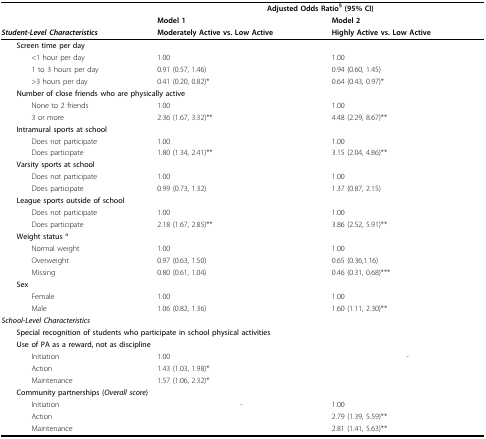
<table><thead><tr><td></td><td colspan="2"><b>Adjusted Odds Ratio<sup>§ </sup>(95% CI)</b></td></tr><tr><td></td><td><b>Model 1</b></td><td><b>Model 2</b></td></tr><tr><td><b><i>Student-Level Characteristics</i></b></td><td><b>Moderately Active vs. Low Active</b></td><td><b>Highly Active vs. Low Active</b></td></tr></thead><tbody><tr><td colspan="3"> <b>Screen time per day</b></td></tr><tr><td>&lt;1 hour per day</td><td>1.00</td><td>1.00</td></tr><tr><td>1 to 3 hours per day</td><td>0.91 (0.57, 1.46)</td><td>0.94 (0.60, 1.45)</td></tr><tr><td>&gt;3 hours per day</td><td>0.41 (0.20, 0.82)*</td><td>0.64 (0.43, 0.97)*</td></tr><tr><td colspan="3"> <b>Number of close friends who are physically active</b></td></tr><tr><td>None to 2 friends</td><td>1.00</td><td>1.00</td></tr><tr><td>3 or more</td><td>2.36 (1.67, 3.32)**</td><td>4.48 (2.29, 8.67)**</td></tr><tr><td colspan="3"> <b>Intramural sports at school</b></td></tr><tr><td>Does not participate</td><td>1.00</td><td>1.00</td></tr><tr><td>Does participate</td><td>1.80 (1.34, 2.41)**</td><td>3.15 (2.04, 4.86)**</td></tr><tr><td colspan="3"> <b>Varsity sports at school</b></td></tr><tr><td>Does not participate</td><td>1.00</td><td>1.00</td></tr><tr><td>Does participate</td><td>0.99 (0.73, 1.32)</td><td>1.37 (0.87, 2.15)</td></tr><tr><td colspan="3"> <b>League sports outside of school</b></td></tr><tr><td>Does not participate</td><td>1.00</td><td>1.00</td></tr><tr><td>Does participate</td><td>2.18 (1.67, 2.85)**</td><td>3.86 (2.52, 5.91)**</td></tr><tr><td colspan="3"> <b>Weight status <sup>a</sup></b></td></tr><tr><td>Normal weight</td><td>1.00</td><td>1.00</td></tr><tr><td>Overweight</td><td>0.97 (0.63, 1.50)</td><td>0.65 (0.36,1.16)</td></tr><tr><td>Missing</td><td>0.80 (0.61, 1.04)</td><td>0.46 (0.31, 0.68)***</td></tr><tr><td colspan="3"> <b>Sex</b></td></tr><tr><td>Female</td><td>1.00</td><td>1.00</td></tr><tr><td>Male</td><td>1.06 (0.82, 1.36)</td><td>1.60 (1.11, 2.30)**</td></tr><tr><td><b><i>School-Level Characteristics</i></b></td><td></td><td></td></tr><tr><td colspan="3"> <b>Special recognition of students who participate in school physical activities</b></td></tr><tr><td colspan="3"> <b>Use of PA as a reward, not as discipline</b></td></tr><tr><td>Initiation</td><td>1.00</td><td>-</td></tr><tr><td>Action</td><td>1.43 (1.03, 1.98)*</td><td></td></tr><tr><td>Maintenance</td><td>1.57 (1.06, 2.32)*</td><td></td></tr><tr><td colspan="3"> <b>Community partnerships (<i>Overall score</i>)</b></td></tr><tr><td>Initiation</td><td>-</td><td>1.00</td></tr><tr><td>Action</td><td></td><td>2.79 (1.39, 5.59)**</td></tr><tr><td>Maintenance</td><td></td><td>2.81 (1.41, 5.63)**</td></tr></tbody></table>